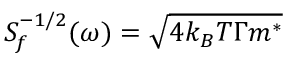
S _ { f } ^ { - 1 / 2 } ( \omega ) = \sqrt { 4 k _ { B } T \Gamma m ^ { * } }